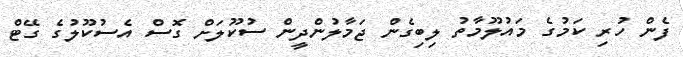
ފެން ހުރި ކަމުގެ މައުލޫމާތު ލިބިގެން ޖަމާލުންދީން ސުކޫލަށް ގޮސް އެސުކޫލުގެ ގޭޓް